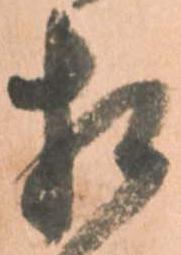
相